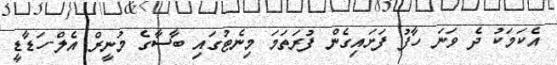
އެކަމަކު ދެ ވަނަ ހާފު ފަށައިގެން ފުރަތަމަ މިނެޓުގައި ބާސާގެ މުނީރް އެލް-ހަޑާޑީ